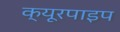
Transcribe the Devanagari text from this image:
क्‍यूरपाइप